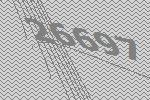
26697